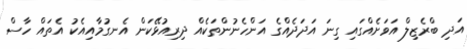
އަދި ބްރެޒިލް އަވަށެއްގައި ގިނަ އަދަދެއްގެ އަންހެނުންތަކެއް ދިރިއުޅޭކަން އެނގުމާއިއެކު އެތައް ހާސް